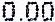
0.00